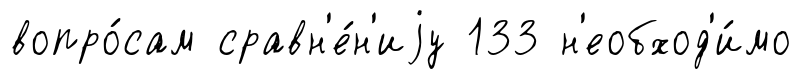
вопро́сам сравн'е́н'иjу 133 н'еобход'и́мо